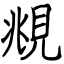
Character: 覜